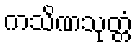
ကသိဏသုတ္တံ